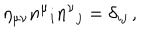
\eta _ { \mu \nu } n ^ { \mu } { } _ { i } n ^ { \nu } { } _ { j } = \delta _ { i j } \, ,